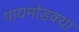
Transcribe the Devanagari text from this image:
पायमोडक्या